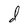
Character: d